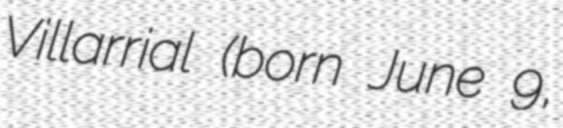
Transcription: Villarrial (born June 9,